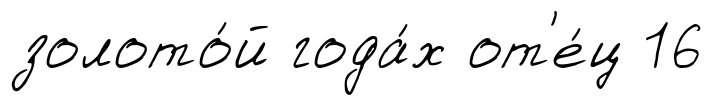
золото́й года́х от'е́ц 16